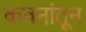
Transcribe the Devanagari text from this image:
कवनांतून